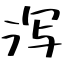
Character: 泻